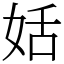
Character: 姡